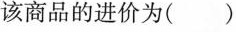
该商品的进价为( )